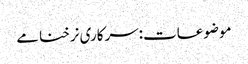
موضوعات:سرکاری نرخنامے